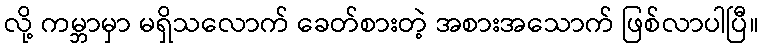
လို့ ကမ္ဘာမှာ မရှိသလောက် ခေတ်စားတဲ့ အစားအသောက် ဖြစ်လာပါပြီ။